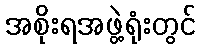
အစိုးရအဖွဲ့ရုံးတွင်